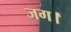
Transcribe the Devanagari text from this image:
जग।